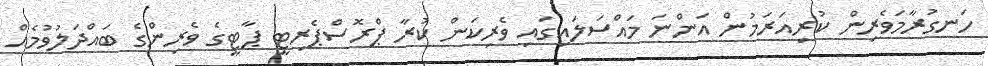
ހަނގުރާމަވެރިން ކުރިއަރަމުން އަންނަ މައްސަލައިގައި ވެރިކަން ކުރާ ޕްރޮސްޕެރިޓީ ޕާޓީގެ ވެރިންގެ ބައްދަލުވުމެއް